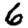
Digit: 6